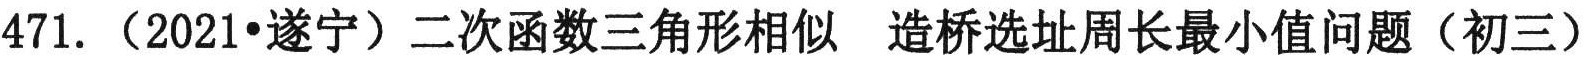
471.（2021•遂宁）二次函数三角形相似 造桥选址周长最小值问题（初三）